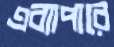
এব্যাপারে